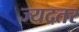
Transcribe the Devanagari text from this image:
ज्यदतर